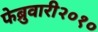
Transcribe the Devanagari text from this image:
फेब्रुवारी२०१०